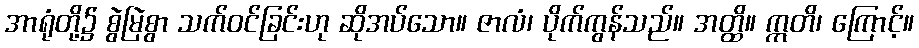
အာရုံတို့၌ စွဲမြဲစွာ သက်ဝင်ခြင်းဟု ဆိုအပ်သော။ ဇာလံ၊ ပိုက်ကွန်သည်။ အတ္ထိ။ ဣတိ၊ ကြောင့်။